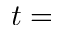
t =